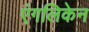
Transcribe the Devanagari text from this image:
एंगलिकेन